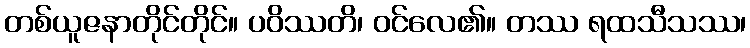
တစ်ယူဇနာတိုင်တိုင်။ ပဝိဿတိ၊ ဝင်လေ၏။ တဿ ရထသီသဿ၊